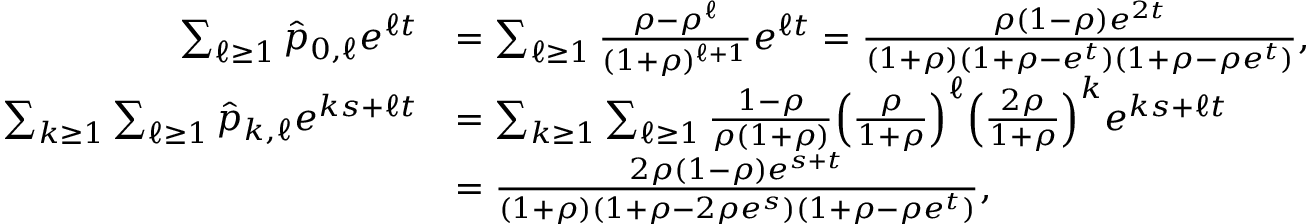
\begin{array} { r l } { \sum _ { \ell \ge 1 } \hat { p } _ { 0 , \ell } e ^ { \ell t } } & { = \sum _ { \ell \ge 1 } \frac { \rho - \rho ^ { \ell } } { ( 1 + \rho ) ^ { \ell + 1 } } e ^ { \ell t } = \frac { \rho ( 1 - \rho ) e ^ { 2 t } } { ( 1 + \rho ) ( 1 + \rho - e ^ { t } ) ( 1 + \rho - \rho e ^ { t } ) } , } \\ { \sum _ { k \ge 1 } \sum _ { \ell \ge 1 } \hat { p } _ { k , \ell } e ^ { k s + \ell t } } & { = \sum _ { k \ge 1 } \sum _ { \ell \ge 1 } \frac { 1 - \rho } { \rho ( 1 + \rho ) } \Big ( \frac { \rho } { 1 + \rho } \Big ) ^ { \ell } \Big ( \frac { 2 \rho } { 1 + \rho } \Big ) ^ { k } e ^ { k s + \ell t } } \\ & { = \frac { 2 \rho ( 1 - \rho ) e ^ { s + t } } { ( 1 + \rho ) ( 1 + \rho - 2 \rho e ^ { s } ) ( 1 + \rho - \rho e ^ { t } ) } , } \end{array}